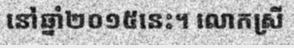
នៅឆ្នាំ២០១៥នេះ។ លោកស្រី